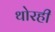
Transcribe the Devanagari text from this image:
थोरही